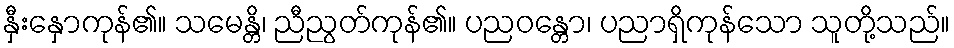
နှီးနှောကုန်၏။ သမေန္တိ၊ ညီညွတ်ကုန်၏။ ပညဝန္တော၊ ပညာရှိကုန်သော သူတို့သည်။